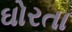
ઘોરતા